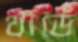
থার্ডে